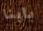
بابنا